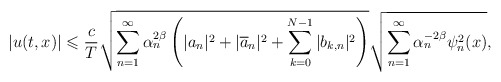
\begin{align*}|u(t,x)|\leqslant\frac{c}{T}\sqrt{\sum_{n=1}^{\infty}\alpha_n^{2\beta}\left(|a_n|^2+|\overline{a}_n|^2+\sum_{k=0}^{N-1}|b_{k,n}|^2\right)}\sqrt{\sum_{n=1}^{\infty}\alpha_n^{-2\beta}\psi_n^2(x)},\end{align*}